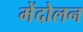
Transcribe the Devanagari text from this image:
मेंदोलन